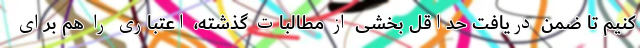
کنیم تا ضمن دریافت حداقل بخشی از مطالبات گذشته، اعتباری را هم برای